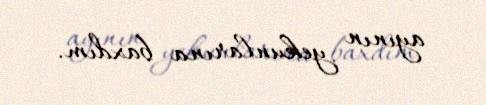
ayının yekunlarına baxdım.